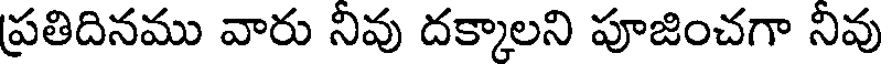
ప్రతిదినము వారు నివు దక్కాలని పూజించగా నివు